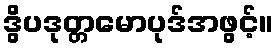
ဒွိပဒုတ္တမောပုဒ်အဖွင့်။